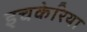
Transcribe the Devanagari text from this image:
इचकेरिया